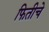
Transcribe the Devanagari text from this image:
फितीचे